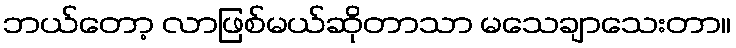
ဘယ်တော့ လာဖြစ်မယ်ဆိုတာသာ မသေချာသေးတာ။